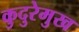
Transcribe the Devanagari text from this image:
कुदुरेमुख